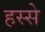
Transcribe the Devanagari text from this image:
हस्से